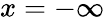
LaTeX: x=-\infty